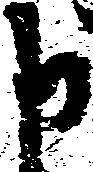
申